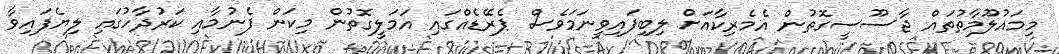
މިމައުލޫމާތުތައް ޖާސޫސީގޮތުން އެމެރިކާއަށް ލިބިފައިވީނަމަވެސް ޕެރޭޑެއްގައި އަމަލީގޮތުން މިކަން ފެނުމާއި ކަރުދާހުގައި ލިޔެފައިވާ